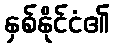
နှစ်နိုင်ငံ၏